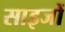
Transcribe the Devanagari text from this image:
साइजों